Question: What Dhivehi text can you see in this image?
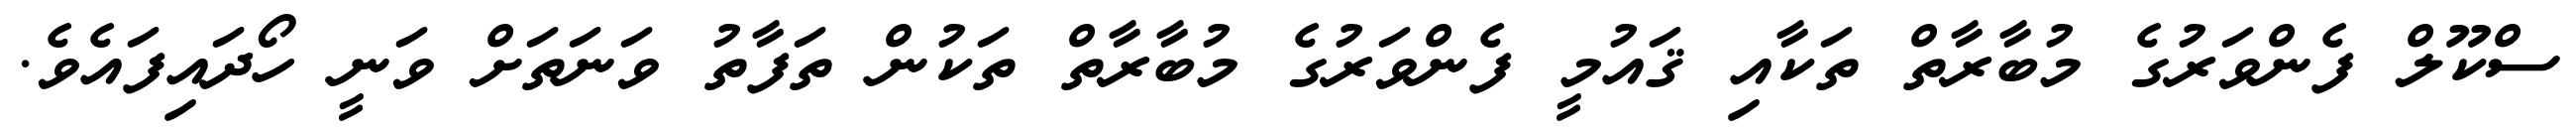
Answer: ސްކޫލް ފެންވަރުގެ މުބާރާތް ތަކާއި ޤައުމީ ފެންވަރުގެ މުބާރާތް ތަކުން ތަފާތު ވަނަތަށް ވަނީ ހޯދައިފައެވެ.